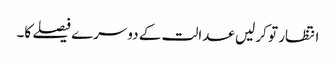
انتظار تو کر لیں عدالت کے دوسرے فیصلے کا۔